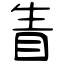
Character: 眚